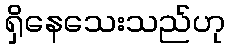
ရှိနေသေးသည်ဟု